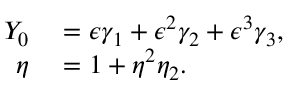
\begin{array} { r l } { Y _ { 0 } } & { { } = \epsilon \gamma _ { 1 } + \epsilon ^ { 2 } \gamma _ { 2 } + \epsilon ^ { 3 } \gamma _ { 3 } , } \\ { \eta } & { { } = 1 + \eta ^ { 2 } \eta _ { 2 } . } \end{array}